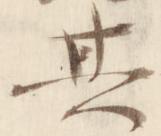
其